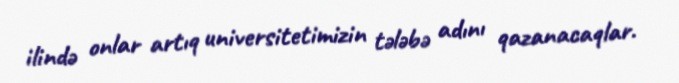
ilində onlar artıq universitetimizin tələbə adını qazanacaqlar.